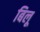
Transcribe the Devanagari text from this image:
बिलू